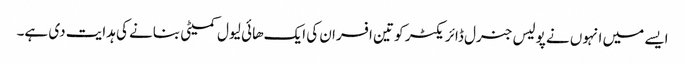
ایسے میں انہوں نے پولیس جنرل ڈائریکٹر کو تین افسران کی ایک هائی لیول کمیٹی بنانے کی ہدایت دی ہے۔